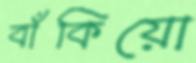
বাঁকিয়ো